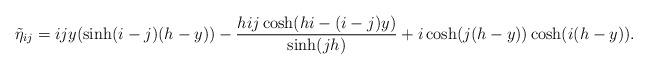
LaTeX: \begin{align*}\tilde \eta_{i j}=ijy(\sinh(i-j)(h-y)) - \frac{hij \cosh(hi-(i-j)y)}{\sinh(jh)} + i\cosh(j(h-y))\cosh(i(h-y)). \end{align*}